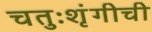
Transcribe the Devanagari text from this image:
चतुःशृंगीची